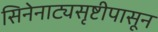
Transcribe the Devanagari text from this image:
सिनेनाट्यसृष्टीपासून